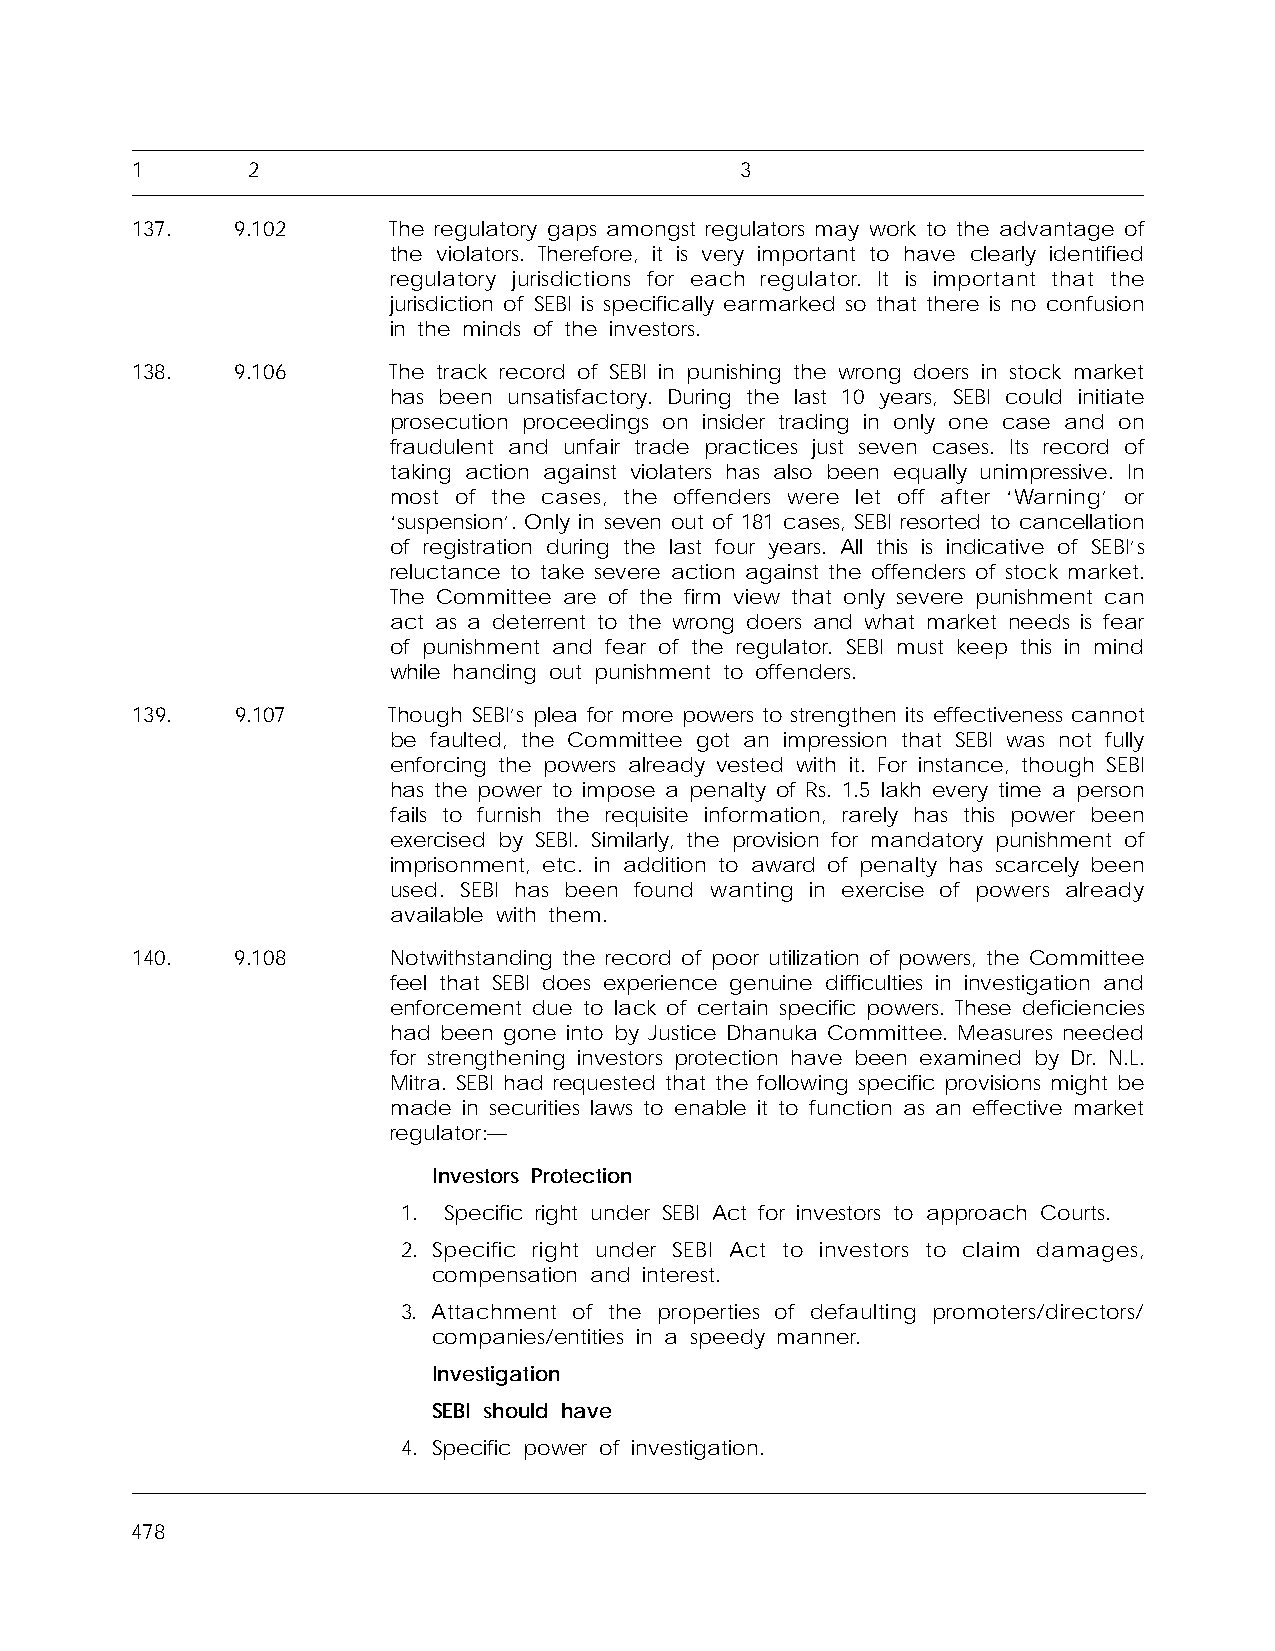
1      2                                3
 137.   9.102     The regulatory gaps amongst regulators may work to the advantage of
 the violators. Therefore, it is very important to have clearly identified
 regulatory jurisdictions for each regulator. It is important that the
 jurisdiction of SEBI is specifically earmarked so that there is no confusion
 in the minds of the investors.
 138.   9.106     The track record of SEBI in punishing the wrong doers in stock market
 has been unsatisfactory. During the last 10 years, SEBI could initiate
 prosecution proceedings on insider trading in only one case and on
 fraudulent and unfair trade practices just seven cases. Its record of
 taking action against violaters has also been equally unimpressive. In
 most of the cases, the offenders were let off after ‘Warning’ or
 ‘suspension’. Only in seven out of 181 cases, SEBI resorted to cancellation
 of registration during the last four years. All this is indicative of SEBI’s
 reluctance to take severe action against the offenders of stock market.
 The Committee are of the firm view that only severe punishment can
 act as a deterrent to the wrong doers and what market needs is fear
 of punishment and fear of the regulator. SEBI must keep this in mind
 while handing out punishment to offenders.
 139.   9.107     Though SEBI’s plea for more powers to strengthen its effectiveness cannot
 be faulted, the Committee got an impression that SEBI was not fully
 enforcing the powers already vested with it. For instance, though SEBI
 has the power to impose a penalty of Rs. 1.5 lakh every time a person
 fails to furnish the requisite information, rarely has this power been
 exercised by SEBI. Similarly, the provision for mandatory punishment of
 imprisonment, etc. in addition to award of penalty has scarcely been
 used. SEBI has been found wanting in exercise of powers already
 available with them.
 140.   9.108     Notwithstanding the record of poor utilization of powers, the Committee
 feel that SEBI does experience genuine difficulties in investigation and
 enforcement due to lack of certain specific powers. These deficiencies
 had been gone into by Justice Dhanuka Committee. Measures needed
 for strengthening investors protection have been examined by Dr. N.L.
 Mitra. SEBI had requested that the following specific provisions might be
 made in securities laws to enable it to function as an effective market
 regulator:—
 Investors Protection
 1. Specific right under SEBI Act for investors to approach Courts.
 2. Specific right under SEBI Act to investors to claim damages,
 compensation and interest.
 3. Attachment of the properties of defaulting promoters/directors/
 companies/entities in a speedy manner.
 Investigation
 SEBI should have
 4. Specific power of investigation.
 478